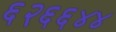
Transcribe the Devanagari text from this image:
६२६६४४